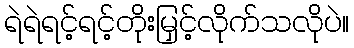
ရဲရဲရင့်ရင့်တိုးမြှင့်လိုက်သလိုပဲ။